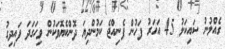
ގެއްލުނު ސައިކަލު 45 އަހަރު ފަހުން ފެނިއްޖެ ކަމުންދިޔަ ދޮންކެޔޮވަކުން ވިހަގަދަ ފައިދިގު